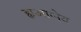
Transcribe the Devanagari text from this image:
ह्यआग्नेय